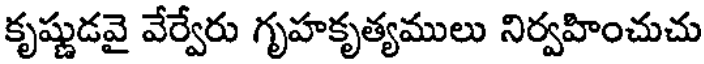
కృష్ణుడవై వేర్వేరు గృహకృత్యములు నిర్వహించుచు